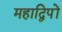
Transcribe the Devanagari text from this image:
महाद्विपों